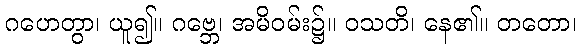
ဂဟေတွာ၊ ယူ၍။ ဂဗ္ဘေ၊ အမိဝမ်း၌။ ဝသတိ၊ နေ၏။ တတော၊